Indian journal of veterinary science and animal husbandry - Volume 14,
Year: 1944
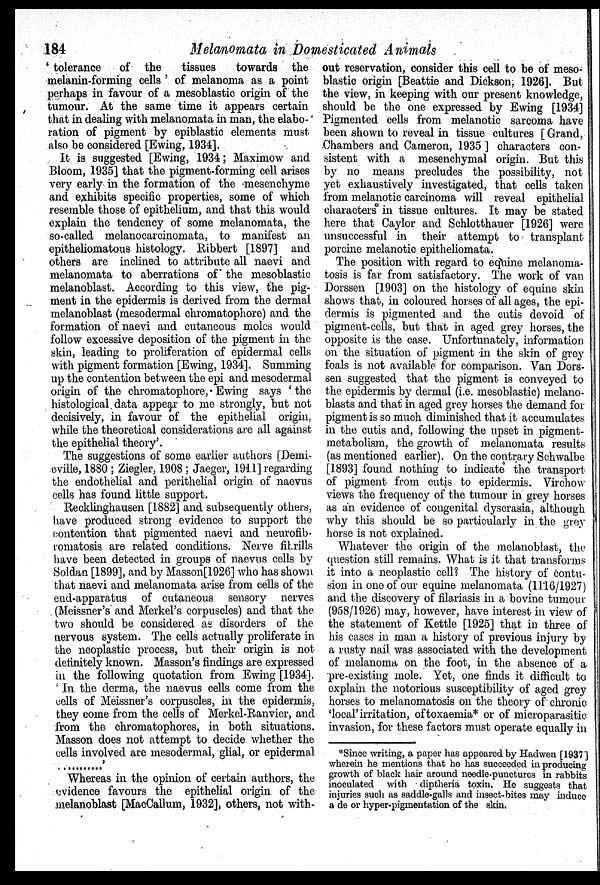
184
Melanomata in Domesticated Animals
' tolerance of the
tissues
towards the
melanin-forming cells' of melanoma as a point
perhaps in favour of a mesoblastic origin of the
tumour. At the same time it appears certain
that in dealing with melanomata in man, the elabo-
ration of pigment by epiblastic elements must
also be considered [Ewing, 1934].
It is suggested [Ewing, 1934; Maximow and
Bloom, 1935] that the pigment-forming cell arises
very early in the formation of the mesenchyme
and exhibits specific properties, some of which
resemble those of epithelium, and that this would
explain the tendency of some melanomata, the
so-called melanocarcinomata, to manifest an
epitheliomatous histology. Ribbert [1897] and
others are inclined to attribute all naevi and
melanomata to aberrations of the mesoblastic
melanoblast. According to this view, the pig-
ment in the epidermis is derived from the dermal
melanoblast (mesodermal chromatophore) and the
formation of naevi and cutaneous moles would
follow excessive deposition of the pigment in the
skin, leading to proliferation of epidermal cells
with pigment formation [Ewing, 1934]. Summing
up the contention between the epi and mesodermal
origin of the chromatophore, Ewing says 'the
histological data appear to me strongly, but not
decisively, in favour of the epithelial origin,
while the theoretical considerations are all against
the epithelial theory'.
The suggestions of some earlier authors [Demi-
eville, 1880; Ziegler, 1908; Jaeger, 1911] regarding
the endothelial and perithelial origin of naevus
cells has found little support.
Recklinghausen [1882] and subsequently others,
have produced strong evidence to support the
contention that pigmented naevi and neurofib-
romatosis are related conditions. Nerve fibrills
have been detected in groups of naevus cells by
Soldan [1899], and by Masson[1926] who has shown
that naevi and melanomata arise from cells of the
end-apparatus of cutaneous sensory nerves
(Meissner's and Merkel's corpuscles) and that the
two should be considered as disorders of the
nervous system. The cells actually proliferate in
the neoplastic process, but their origin is not
definitely known. Masson's findings are expressed
in the following quotation from Ewing [1934].
'In the derma, the naevus cells come from the
cells of Meissner's corpuscles, in the epidermis,
they come from the cells of Merkel-Ranvier, and
from the chromatophores, in both situations.
Masson does not attempt to decide whether the
cells involved are mesodermal, glial, or epidermal
Whereas in the opinion of certain authors, the
evidence favours the epithelial origin of the
melanoblast [MacCallum, 1932], others, not with-
out reservation, consider this cell to be of meso-
blastic origin [Beattie and Dickson, 1926]. But
the view, in keeping with our present knowledge,
should be the one expressed by Ewing [1934]
Pigmented cells from melanotic sarcoma have
been shown to reveal in tissue cultures [Grand,
Chambers and Cameron, 1935] characters con-
sistent with a mesenchymal origin. But this
by no means precludes the possibility, not
yet exhaustively investigated, that cells taken
from melanotic carcinoma will reveal epithelial
characters in tissue cultures. It may be stated
here that Caylor and Schlotthauer [1926] were
unsuccessful in their attempt to transplant
porcine melanotic epitheliomata.
The position with regard to equine melanoma-
tosis is far from satisfactory. The work of van
Dorssen [1903] on the histology of equine skin
shows that, in coloured horses of all ages, the epi-
dermis is pigmented and the cutis devoid of
pigment-cells, but that in aged grey horses, the
opposite is the case. Unfortunately, information
on the situation of pigment in the skin of grey
foals is not available for comparison. Van Dors-
sen suggested that the pigment is conveyed to
the epidermis by dermal (i.e. mesoblastic) melano-
blasts and that in aged grey horses the demand for
pigment is so much diminished that it accumulates
in the cutis and, following the upset in pigment-
metabolism, the growth of melanomata results
(as mentioned earlier). On the contrary Schwalbe
[1893] found nothing to indicate the transport
of pigment from cutis to epidermis. Virchow-
views the frequency of the tumour in grey horses
as an evidence of congenital dyscrasia, although
why this should be so particularly in the grey
horse is not explained.
Whatever the origin of the melanoblast, the
question still remains. What is it that transforms
it into a neoplastic cell? The history of contu-
sion in one of our equine melanomata (1116/1927)
and the discovery of filariasis in a bovine tumour
(958/1926) may, however, have interest in view of
the statement of Kettle [1925] that in three of
his cases in man a history of previous injury by
a rusty nail was associated with the development
of melanoma on the foot, in the absence of a
pre-existing mole. Yet, one finds it difficult to
explain the notorious susceptibility of aged grey
horses to melanomatosis on the theory of chronic
'local' irritation, of toxaemia* or of microparasitic
invasion, for these factors must operate equally in
*Since writing, a paper has appeared by Hadwen [1937]
wherein he mentions that he has succeeded in producing
growth of black hair around needle-punctures in rabbits
inoculated with diptheria toxin. He suggests that
injuries such as saddle-galls and insect-bites may induce
a de or hyper-pigmentation of the skin.